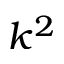
k ^ { 2 }